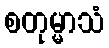
စတုမ္မာသံ